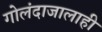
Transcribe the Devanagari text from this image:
गोलंदाजालाही